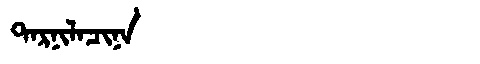
Manchu: ᡨᠠᡵᠨᡳᠯᠠᠴᡳᠨᠠ
Romanization: TARNILACINA